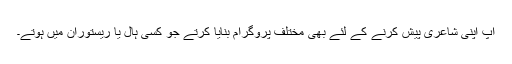
آپ اپنی شاعری پیش کرنے کے لئے بھی مختلف پروگرام بنایا کرتے جو کسی ہال یا ریستوران میں ہوتے۔